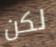
لكن